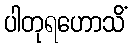
ပါတုရဟောသိံ